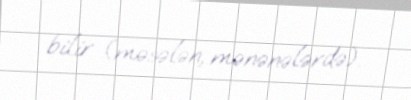
bilir (məsələn, mənənələrdə).